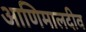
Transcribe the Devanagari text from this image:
आणिमालदीव